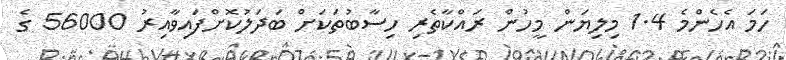
ހަމަ އެހެންމެ 1.4 މިލިޔަން މީހުން ރައްކާތެރި ހިސާބުތަކަށް ބަދަލުކޮށްފައިވާއިރު 56000 ގެ